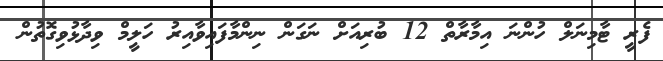
ފެރީ ޓާމިނަލް ހުންނަ އިމާރާތް 12 ބުރިއަށް ނަގަން ނިންމާފައިވާއިރު ހަލީމް ވިދާޅުވިގޮތުން